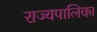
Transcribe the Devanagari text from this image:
राज्यपालिका